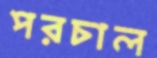
পরচাল